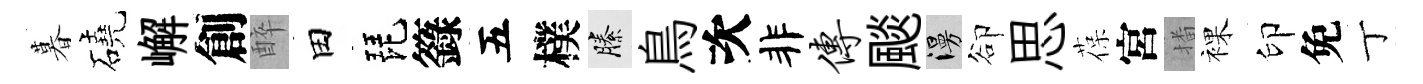
暮磽嶰創醉田琵籙五樸縢鳥次非传颷漫卻思葆宮播裸印免丁